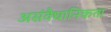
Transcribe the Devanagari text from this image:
असंवैधानिकता